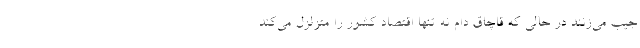
جیب می‌زنند در حالی که قاچاق دام نه تنها اقتصاد کشور را متزلزل می‌کند